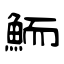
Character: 鮞